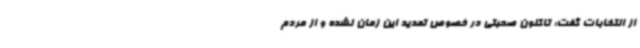
از انتخابات گفت: تاکنون صحبتی در خصوص تمدید این زمان نشده و از مردم